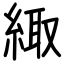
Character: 緅